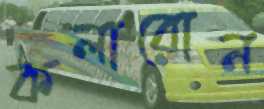
কলারোন